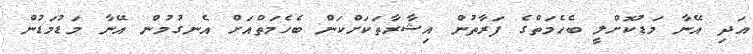
އަދި އޭނާ މަޑުކޮށްލީ ބެހެމަތްގެ ފަރާތުން އިޝާރާތަކަށްކަން ބެހެމަތްއަށް އެނގުމުން އޭނާ މަޑުމަޑުން